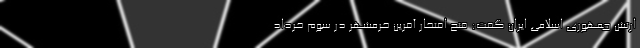
ارتش جمهوری اسلامی ایران گفت: فتح افتخار آفرین خرمشهر در سوم خرداد